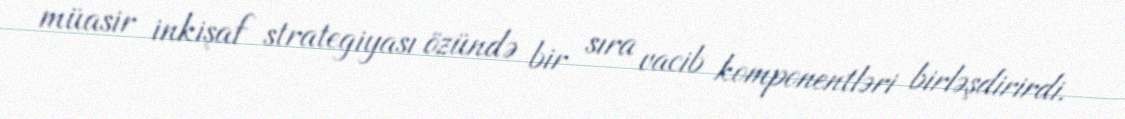
müasir inkişaf strategiyası özündə bir sıra vacib komponentləri birləşdirirdi.